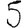
Digit: 5